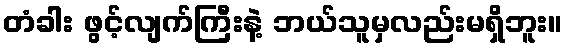
တံခါး ဖွင့်လျက်ကြီးနဲ့ ဘယ်သူမှလည်းမရှိဘူး။